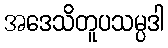
အဒေသိတူပသမ္ပဒါ